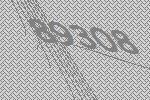
89308